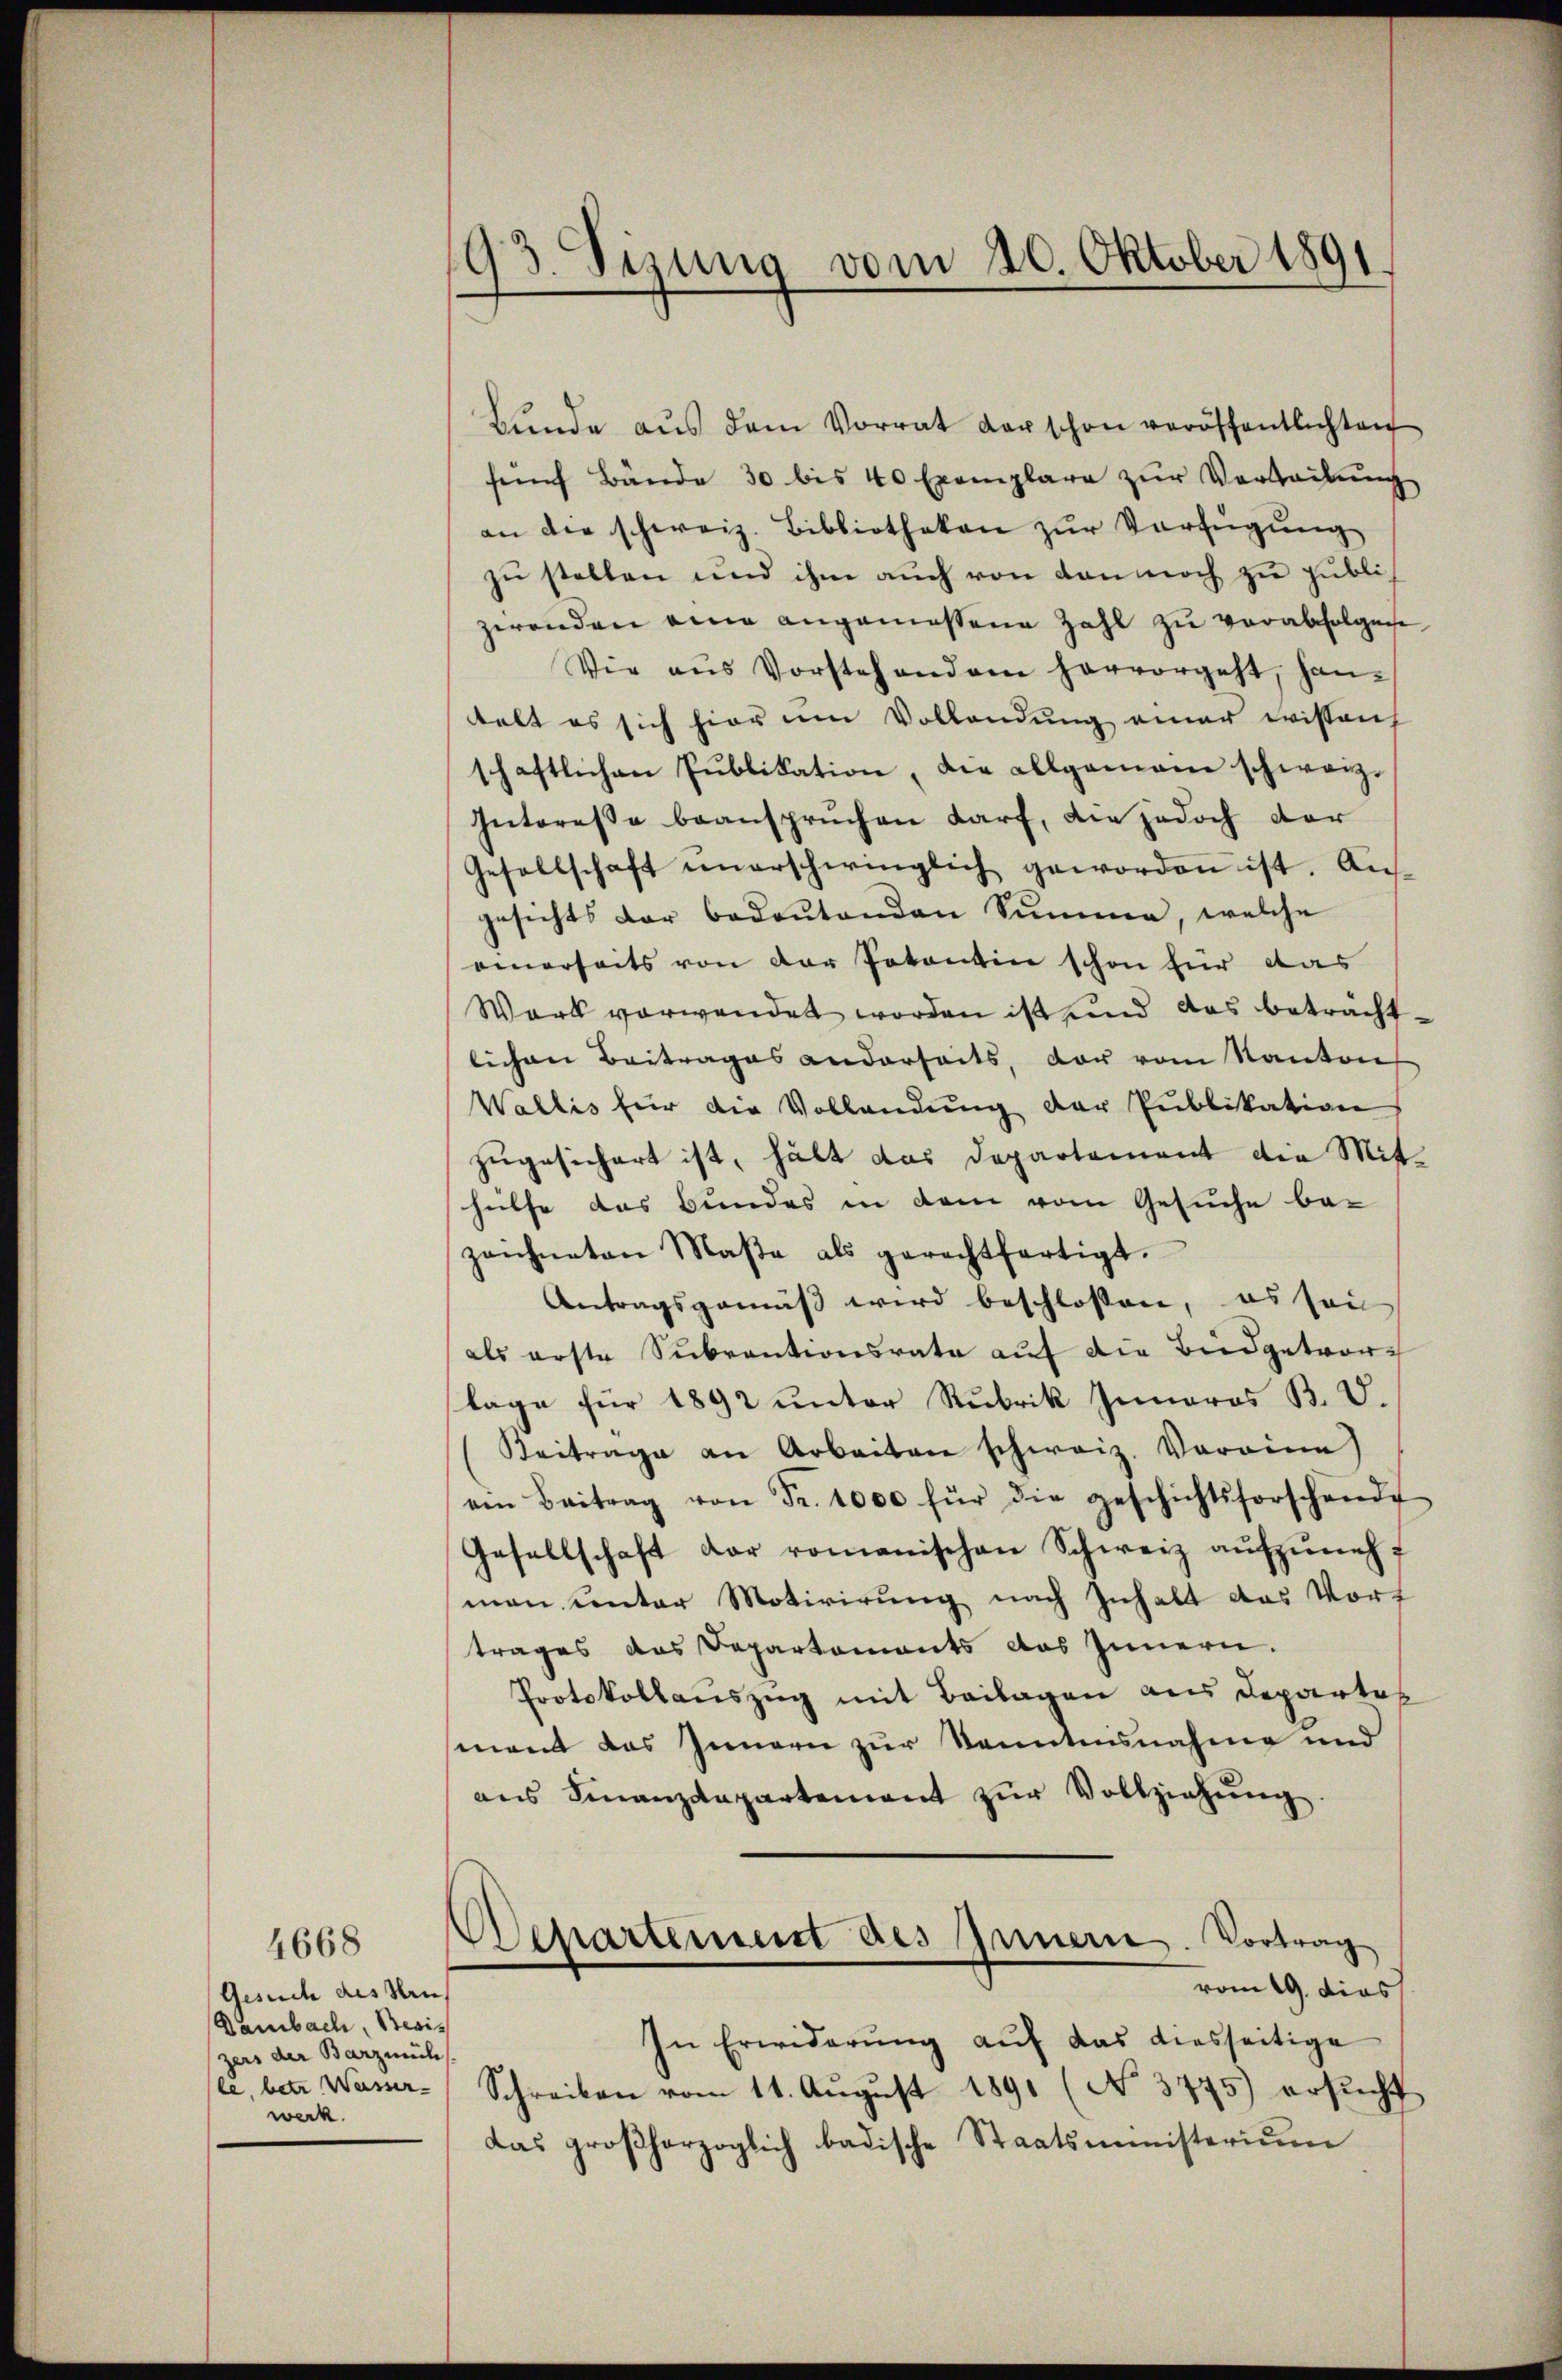
Gesuch des Hrn
Bambach, Besizers der Barzmüh
le, betr. Weisser- |
werk.

4668

193. Sizung vom 20. Oktober 1891.

Bŭnde aŭs dem Vorrat der schon veröffentlichten
fünf Bände 30 bis 40 Exemplare zŭr Verleitung
an die schweiz. Bibliotheken zur Verfügung
zŭ stellen und ihm aŭch von den noch zu publizerenden eine angemessene Zahl zu verabfolgen,
Vie aŭs Vorstehendem hervorgeht, han-
telt es sich hier am Vollendung einer wissenh
schaftlichen Pŭblikation, die allgemein schweiz.
Interesse beansprüchen darf, die jedoch der
Gesellschaft unerschwinglich geworden ist. Aus-
gesichts der bedeŭtenden Summe, welche
einerseits von der Potentin schon für das
Wark verwendet worden ist und das betracht
lichen Beitrages anderseits, der vom Kanton
Wallis für die Vollandŭng der Publikation
zugesichert ist, hält das Departement die Mithülfe das Bundes in dem vom Gesuche be-
zeichneten Maβe als gerechtfertigt.
Antragsgemäß wird beschlossen, es sein
als erste Sŭbrantionsrate auf die Büdgetvor-
lage für 1892 unter Rubrik Inneros B. V.
Beitrage an Arbeiten schweiz. Voroine)
ven Beitrag von Fr. 1000 für die geschichtsforschende
Gesellschaft der romanischen Schweiz aŭfzŭneh
man unter Motivirung nach Inhalt das Vort
trages das Departements das Innern.
Protokollauszug mit Beilagen aus Departag
ment das Innern zur Kenntnisnahme und
ans Finanzdepartement zŭr Vollziehŭng
Departement des Innern. Vortrag
vom 19. dies
In Erwiderung auf das diesseitige
Schreiben vom 11. Aŭgŭst 1891 (No. 3775) ersŭcht
das großherzoglich badische Staatsministerium